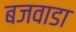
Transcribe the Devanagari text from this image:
बजवाडा